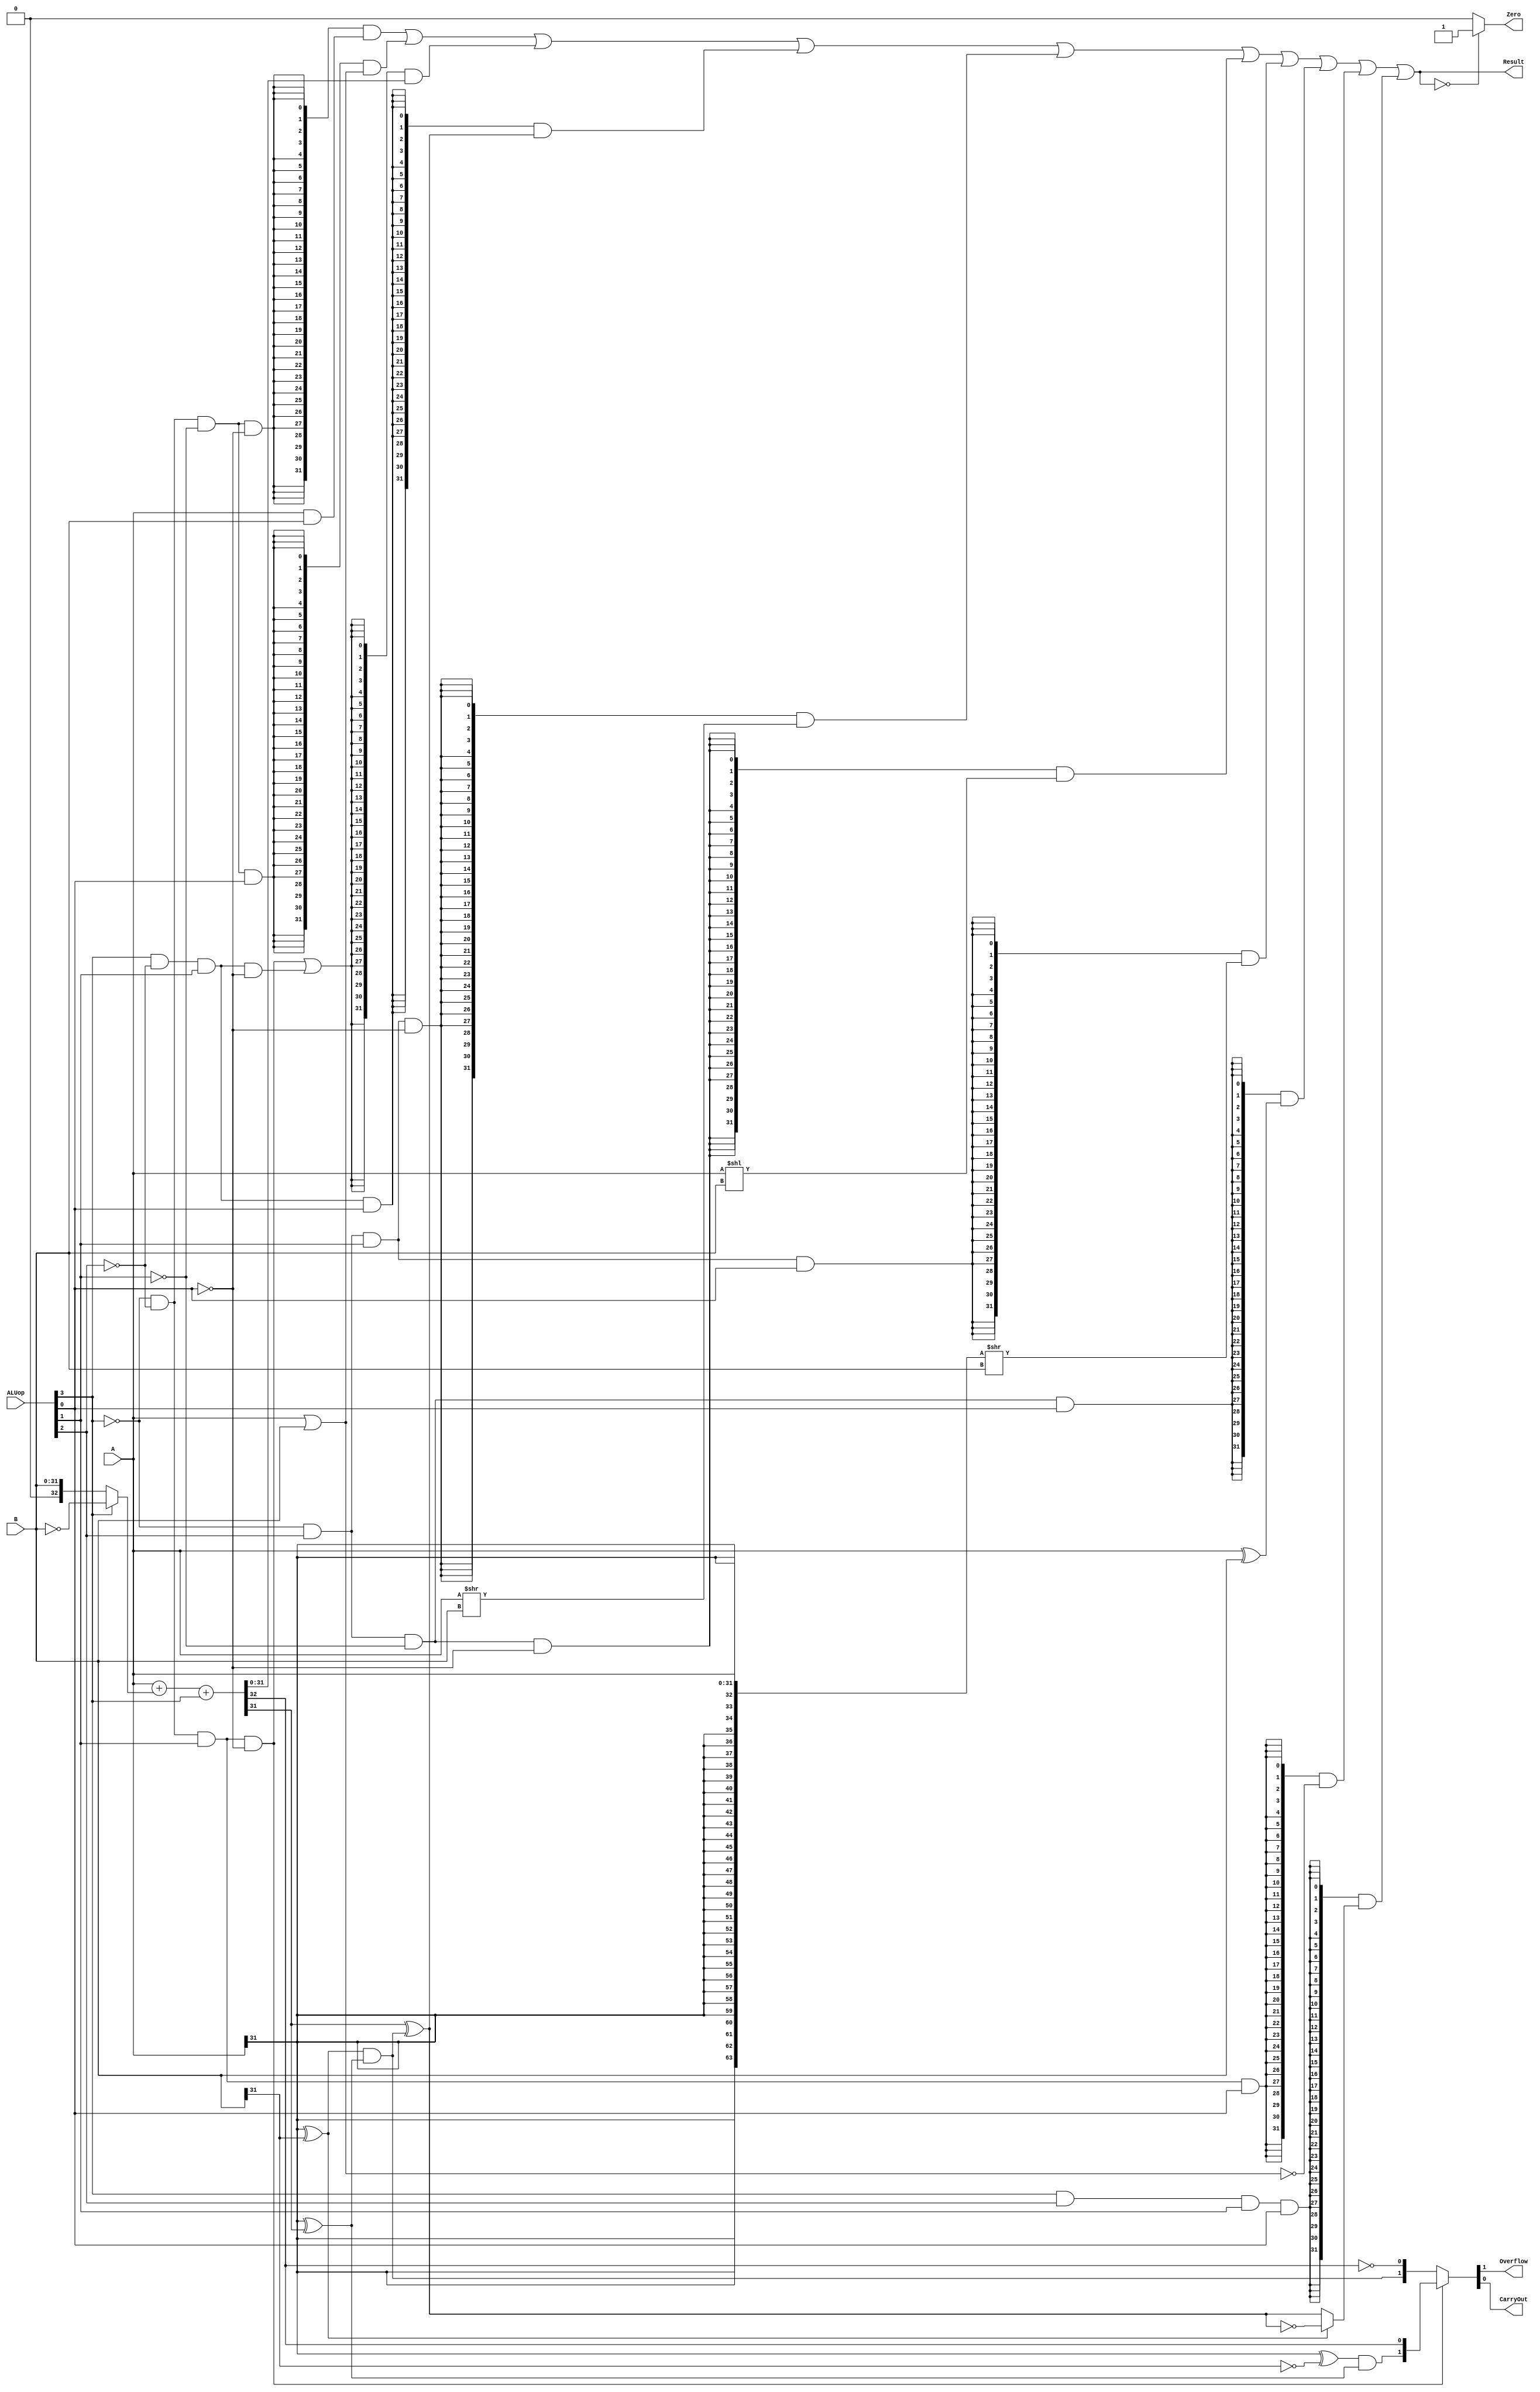
`timescale 10 ns / 1 ns

`define DATA_WIDTH 32
`define ADD  4'b0010
`define AND  4'b0000
`define OR   4'b0001
`define SUB  4'b1010
`define SLT  4'b1011
`define SL   4'b0100
`define SRL  4'b0110
`define SRA  4'b0111
`define XOR  4'b0101
`define NOR  4'b0011
`define SLTU 4'b1111

module alu(
	input [`DATA_WIDTH - 1:0] A,
	input [`DATA_WIDTH - 1:0] B,
	input [3:0] ALUop,
	output Overflow,
	output CarryOut,
	output Zero,
	output [`DATA_WIDTH - 1:0] Result
);

wire op_add;
wire op_sub;
wire op_or;
wire op_and;
wire op_slt;
wire op_sl;
wire op_srl;
wire op_sra;
wire op_xor;
wire op_nor;
wire op_sltu;
wire add_of;
wire sub_of;
wire cf;

assign op_and = !ALUop[3] & !ALUop[2] & !ALUop[1] & !ALUop[0];//0000
assign op_or  = !ALUop[3] & !ALUop[2] & !ALUop[1] &  ALUop[0];//0001
assign op_add = !ALUop[3] & !ALUop[2] &  ALUop[1] & !ALUop[0];//0010
assign op_sub =  ALUop[3] & !ALUop[2] &  ALUop[1] & !ALUop[0];//1010
assign op_slt =  ALUop[3] & !ALUop[2] &  ALUop[1] &  ALUop[0];//1011
assign op_sl  = !ALUop[3] &  ALUop[2] & !ALUop[1] & !ALUop[0];//0100
assign op_srl = !ALUop[3] &  ALUop[2] &  ALUop[1] & !ALUop[0];//0100
assign op_sra = !ALUop[3] &  ALUop[2] &  ALUop[1] &  ALUop[0];//0111
assign op_xor = !ALUop[3] &  ALUop[2] & !ALUop[1] &  ALUop[0];//0101
assign op_nor = !ALUop[3] & !ALUop[2] &  ALUop[1] &  ALUop[0];//0011
assign op_sltu=  ALUop[3] &  ALUop[2] &  ALUop[1] &  ALUop[0];//1111

wire [`DATA_WIDTH - 1:0] res;
assign {cf,res} = A + (ALUop[3]?~B:B) + ALUop[3];
assign add_of = (A[`DATA_WIDTH - 1]^!B[`DATA_WIDTH - 1])&(A[`DATA_WIDTH - 1]^res[`DATA_WIDTH - 1]);
assign sub_of = (A[`DATA_WIDTH - 1]^ B[`DATA_WIDTH - 1])&(A[`DATA_WIDTH - 1]^res[`DATA_WIDTH - 1]);
assign Result = {32{op_and}}	&	{A&B}	|
		{32{op_or }}	&	{A|B} 	|
		{32{op_add|op_sub}}		&	res 	|
		{32{op_slt}}	&	{res[`DATA_WIDTH - 1]^sub_of} | 
		{32{op_srl}}	&	{A>>B} | 
		{32{op_sl}}		&	{A<<B} | 
		{32{op_sra}}	&	{({{32{A[31]}},A}>>B)} |
		{32{op_xor}}	&	(A^B)	|
		{32{op_nor}}	&	(~(A|B))	|
		{32{op_sltu}}	&	{(A[`DATA_WIDTH - 1]^B[`DATA_WIDTH - 1])?~(res[`DATA_WIDTH - 1]^sub_of):(res[`DATA_WIDTH - 1]^sub_of)};

assign Zero = Result==0?1:0;//Big NOR
assign {Overflow,CarryOut} = (op_add)?{add_of,cf}:{sub_of,!cf};


endmodule